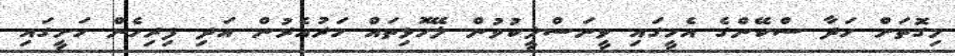
މިގޮތަށް ހަދާ ސްކޭންގެ އެހީގައި ވީނަސްލީކުވުން ލޭހޮޅިތައް ހަރުއެރުން އަދި ފިރިހެން ހަށީގައި